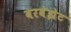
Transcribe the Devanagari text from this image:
बरबेझेट